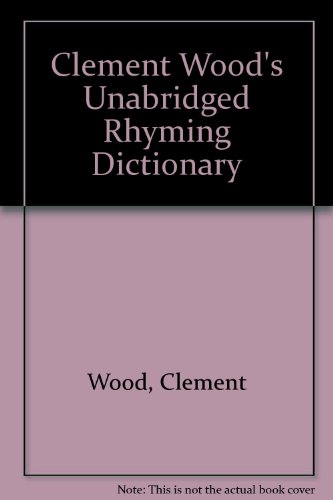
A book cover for Clement Wood's Unabridged Rhyming Dictionary; Clement Wood; Reference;